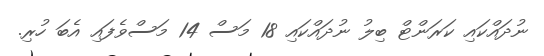
ނުދައްކައި ކަރަންޓް ބިލު ނުދައްކައި 18 މަސް 14 މަސްވެފައި އެބަ ހުރި.